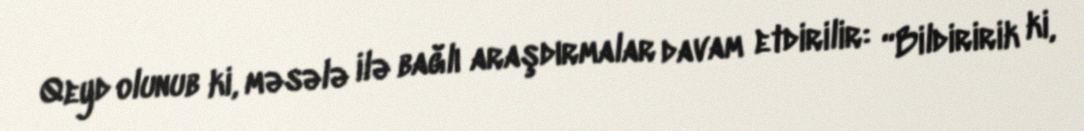
Qeyd olunub ki, məsələ ilə bağlı araşdırmalar davam etdirilir: “Bildiririk ki,